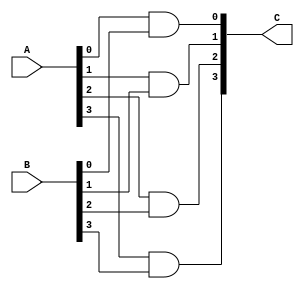
module Four_bit_AND(A,B,C);

  input [3:0] A, B;
  output [3:0] C;
  
  assign C[0]=A[0] && B[0];
  assign C[1]=A[1] && B[1];
  assign C[2]=A[2] && B[2];
  assign C[3]=A[3] && B[3];
    
endmodule